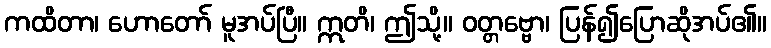
ကထိတာ၊ ဟောတော် မူအပ်ပြီ။ ဣတိ၊ ဤသို့။ ဝတ္တဗ္ဗော၊ ပြန်၍ပြောဆိုအပ်၏။